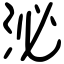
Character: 泌